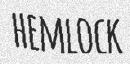
HEMLOCK